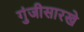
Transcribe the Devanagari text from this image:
गुंजीसारखे